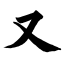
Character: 又